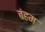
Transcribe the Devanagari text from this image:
बंहम